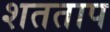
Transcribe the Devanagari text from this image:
शतताप